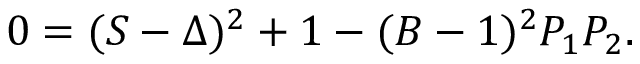
0 = ( S - \Delta ) ^ { 2 } + 1 - ( B - 1 ) ^ { 2 } P _ { 1 } P _ { 2 } .